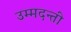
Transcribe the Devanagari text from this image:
उम्मदन्ती